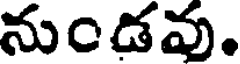
నుండవు.